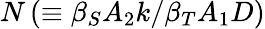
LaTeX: N\left(\equiv\beta_{S}A_{2}k/\beta_{T}A_{1}D\right)